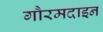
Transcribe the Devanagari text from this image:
गौरमदाइन